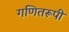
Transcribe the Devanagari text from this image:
गणितरूपी